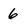
Character: 6